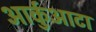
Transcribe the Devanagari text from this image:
आर्कुआटा